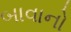
બાવાનો